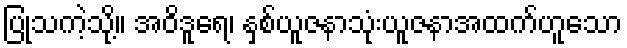
ပြုသကဲ့သို့။ အဝိဒူရေ၊ နှစ်ယူဇနာသုံးယူဇနာအထက်ဟူသော